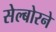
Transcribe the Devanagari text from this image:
सेल्बोरने